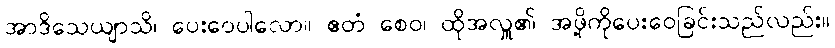
အာဒိသေယျာသိ၊ ပေးဝေပါလော။ ဧတံ စေဝ၊ ထိုအလှူ၏ အဖို့ကိုပေးဝေခြင်းသည်လည်း။